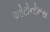
ઓટોનોમસ